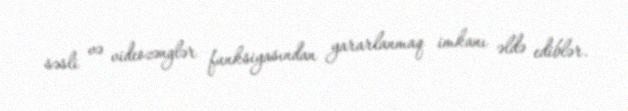
səsli və videozənglər funksiyasından yararlanmaq imkanı əldə ediblər.